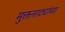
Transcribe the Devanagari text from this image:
मुक्तनाट्यांच्या